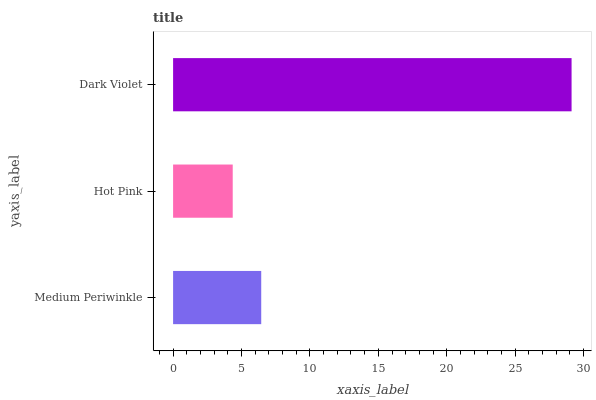
| yaxis_label | bars |
 | --- | --- |
 | Medium Periwinkle | 6.44 |
 | Hot Pink | 4.36 |
 | Dark Violet | 29.1 |